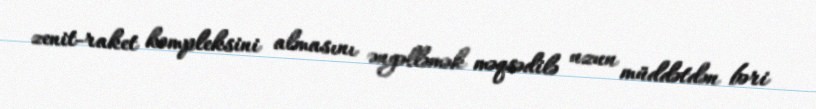
zenit-raket kompleksini almasını əngəlləmək məqsədilə uzun müddətdən bəri